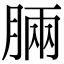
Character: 𣍷